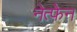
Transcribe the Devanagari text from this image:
नेत्फेन